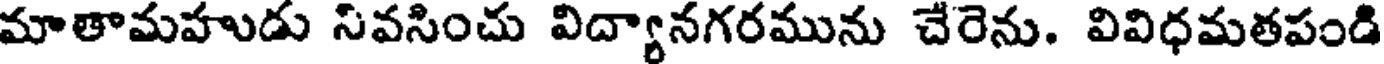
మాతామహుడు నివసించు విద్యానగరమును చేరెను. వివిధమతపండి